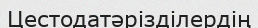
Цестодатәрізділердің